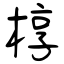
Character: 椁